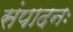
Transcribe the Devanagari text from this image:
संपादनः